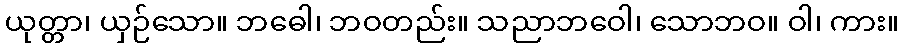
ယုတ္တာ၊ ယှဉ်သော။ ဘဓေါ၊ ဘဝတည်း။ သညာဘဝေါ၊ သောဘဝ။ ဝါ၊ ကား။